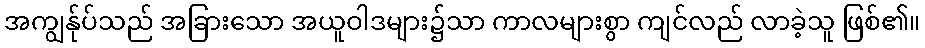
အကျွန်ုပ်သည် အခြားသော အယူဝါဒများ၌သာ ကာလများစွာ ကျင်လည် လာခဲ့သူ ဖြစ်၏။